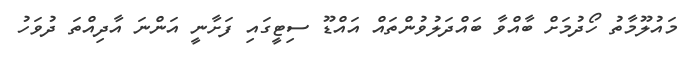
މައުލޫމާތު ހޯދުމަށް ބާއްވާ ބައްދަލުވުންތައް އައްޑޫ ސިޓީގައި ފަށާނީ އަންނަ އާދިއްތަ ދުވަހު